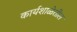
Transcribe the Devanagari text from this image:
कार्यशाळेतील